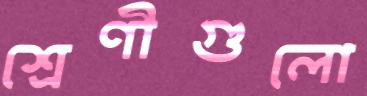
শ্রেণীগুলো